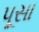
પૂસા